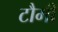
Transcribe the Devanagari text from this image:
टौमी